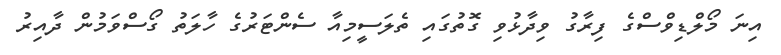
އިނަ މޯލްޑިވްސްގެ ފިރާގު ވިދާޅުވި ގޮތުގައި ތެލަސީމިއާ ސެންޓަރުގެ ހާލަތު ގޯސްވަމުން ދާއިރު